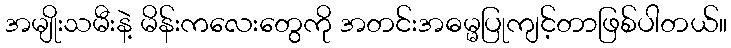
အမျိုးသမီးနဲ့ မိန်းကလေးတွေကို အတင်းအဓမ္မပြုကျင့်တာဖြစ်ပါတယ်။